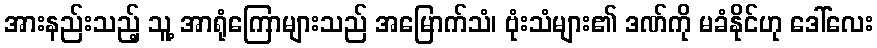
အားနည်းသည့် သူ့ အာရုံကြောများသည် အမြောက်သံ၊ ဗုံးသံများ၏ ဒဏ်ကို မခံနိုင်ဟု ဒေါ်လေး